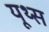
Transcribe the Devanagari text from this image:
यूथ्स